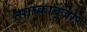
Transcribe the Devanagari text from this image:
त्साघ्काद्ज़ोर